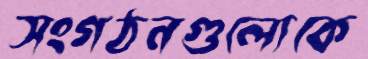
সংগঠনগুলোকে